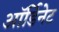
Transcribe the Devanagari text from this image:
ऑर्डिनेट